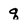
Character: q